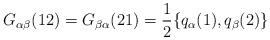
LaTeX: \begin{align*}G_{\alpha \beta}(12) = G_{\beta \alpha}(21) = \frac{1}{2} \{q_{\alpha}(1), q_{\beta}(2)\}\end{align*}